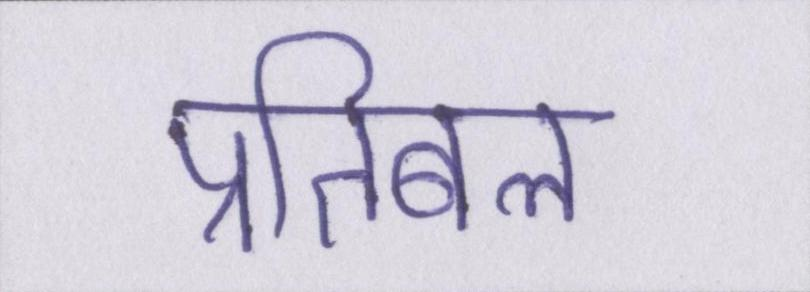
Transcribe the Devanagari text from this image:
प्रतिबल